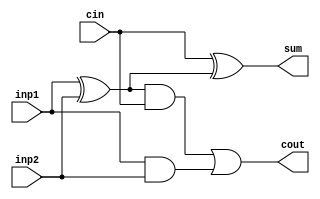
module full_adder(
	inp1, inp2, cin, sum, cout
);

	input inp1, inp2, cin;
	output sum, cout;
	
	wire w1, w2, w3, w4;
	
	xor XOR1(w1, inp1, inp2);
	xor XOR2(sum, cin, w1);
	
	and AND1(w2, w1, cin);
	and AND2(w3, inp1, inp2);
	
	or OR1(cout, w2, w3);
	
endmodule